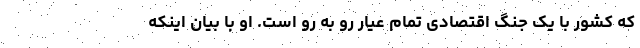
که کشور با یک جنگ اقتصادی تمام عیار رو به رو است. او با بیان اینکه